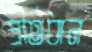
প্রতিধান